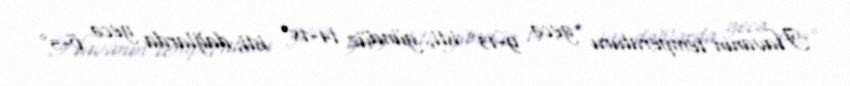
Havanın temperaturu gecə 9-13° isti, gündüz 14-18° isti, dağlarda gecə 0-5°